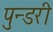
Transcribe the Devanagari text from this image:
पुन्डरी